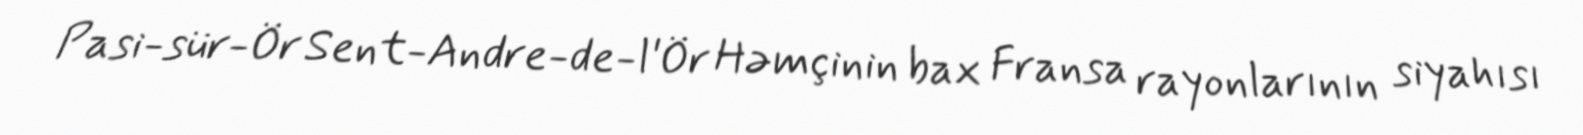
Pasi-sür-Ör Sent-Andre-de-l'Ör Həmçinin bax Fransa rayonlarının siyahısı